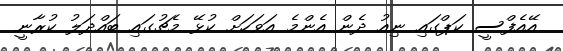
އޭއެފްސީ ކަޕްގައި ނިއު ދެން އެންމެ އަވަހަށް ކުޅޭ މެޗުގައި ބައްދަލު ކުރާނީ